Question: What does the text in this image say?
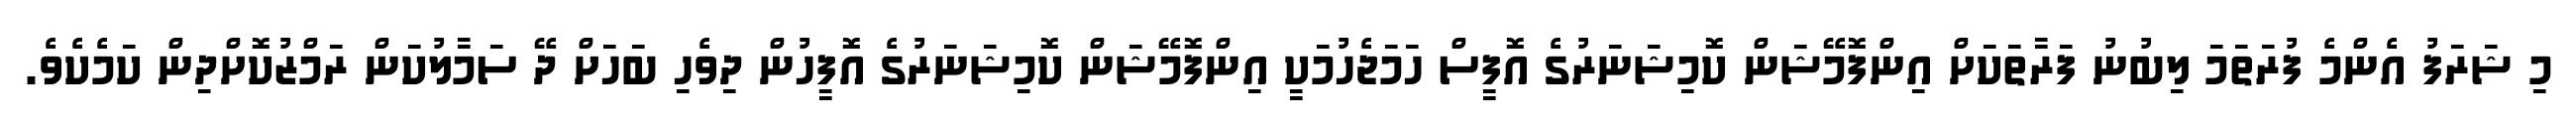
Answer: މި ޝަރަފު އެންމެ ފުރަތަމަ ލިބުނު ފަރާތަކަށް އިންފޮމޭޝަން ކޮމިޝަނަރުގެ އޮފީސް ހަމަޖެހުމަކީ އިންފޮމޭޝަން ކޮމިޝަނަރުގެ އޮފީހުން ދިވެހި ބަހަށް ދޭ ސަމާލުކަން ރަމްޒުކޮށްދިން ކަމެކެވެ.